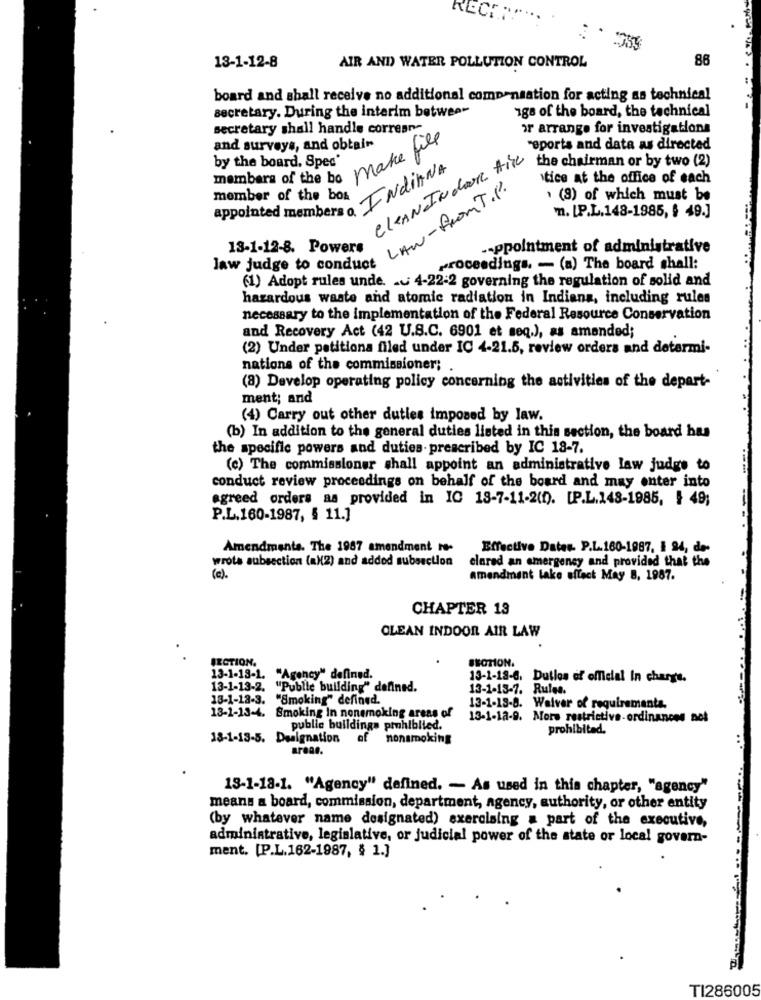
RECHT
86
13-1-12-8
AIR AND WATER POLLUTION CONTROL
board and shall receive no additional compensation for acting as technical
secretary. During the interim between
1ga of the board, the technical
secretary shall handle correan-
or arrange for investigations
and surveys, and obtain
"oports and data as directed
members of the to make file
by the board, Spec'
CLEAN Indoor Air
the chairman or by two (2)
tice at the office of each
appointed members o INdinNA
LAW-From T .P.
member of the bos
. (9) of which must be
". [P.L.148-1985, $ 49.]
13-1-12-8. Powers
.- ppointment of administrative
law judge to conduct
proceedings. - (a) The board shall:
(1) Adopt rules unde. .. 4-22-2 governing the regulation of solid and
hazardous waste and atomic radiation in Indiana, including rules
necessary to the implementation of the Federal Resource Conservation
and Recovery Act (42 U.S.C. 6901 et seq.), as amended;
(2) Under petitiona filed under IC 4-21.5, review orders and determi-
nations of the commissioner;
(8) Develop operating policy concerning the activities of the depart-
ment; and
(4) Carry out other duties imposed by law.
(b) In addition to the general duties listed in this section, the board has
the specific powers and duties. prescribed by IC 18-7.
(c) The commissioner shall appoint an administrative law judge to
.....
conduct review proceedings on behalf of the board and may enter into
agreed orders as provided in IC 18-7-11-2(0). [P.L.148-1985, } 49;
P.L.160-1987, § 11.]
Amendments. The 1987 amendment re-
Effective Dates. P.L.160-1987, 1 94, de-
wrote subsection (a)(2) and added subsection
clared an emergency and provided that the
(c).
amendment lake effect May 8, 1987.
CHAPTER 13
CLEAN INDOOR AIR LAW
SECTION.
SEOTION.
13-1-18-1. "Agency" defined.
13-1-18-6. Dutlos of official In charge.
13-1-13-2.
"Public building" defined.
13-1-13-7. Rules.
13-1-12-3. "Smoking" defined.
13-1-13-4. Smoking In nonsmoking areas of
13-1-13-8. Waiver of requirements.
13-1-12-9. More restrictive-ordinances not
public buildings prohibited.
prohibited.
18-1-13-5. Designation of nonsmoking
arene.
13-1-18-1. "Agency" defined. - As used in this chapter, "agency"
means a board, commission, department, agency, authority, or other entity
(by whatever name designated) exercising a part of the executive,
administrative, legislative, or judicial power of the state or local govern-
ment. [P.L.162-1987, § 1.]
TI286005